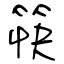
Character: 筷